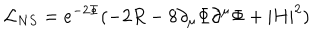
\mathcal { L } _ { N S } = e ^ { - 2 \Phi } ( - 2 R - 8 \partial _ { \mu } \Phi \partial ^ { \mu } \Phi + | H | ^ { 2 } )